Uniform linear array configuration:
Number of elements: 12
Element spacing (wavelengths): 0.5
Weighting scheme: exponential
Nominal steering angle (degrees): -15
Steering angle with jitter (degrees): -14.914
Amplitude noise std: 0.05
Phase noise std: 0.05

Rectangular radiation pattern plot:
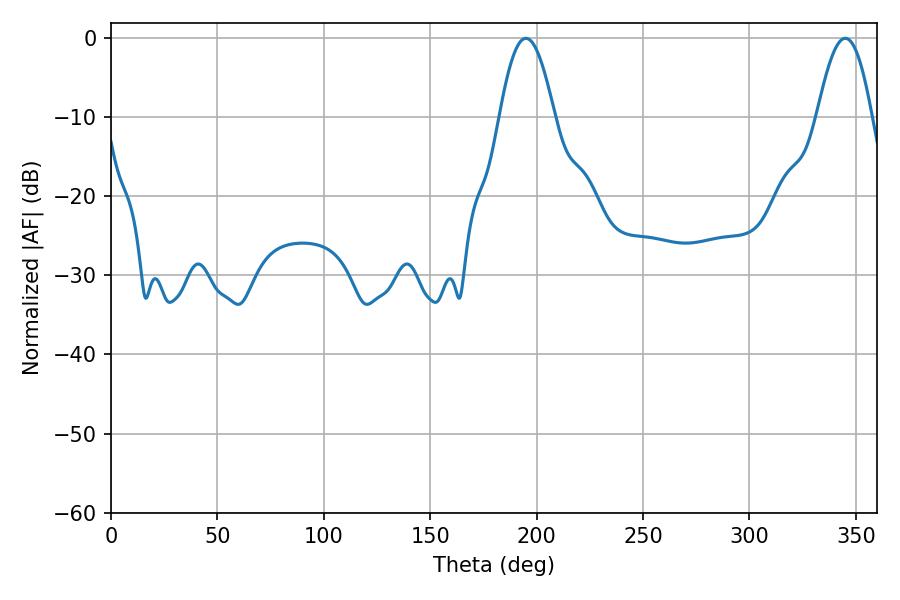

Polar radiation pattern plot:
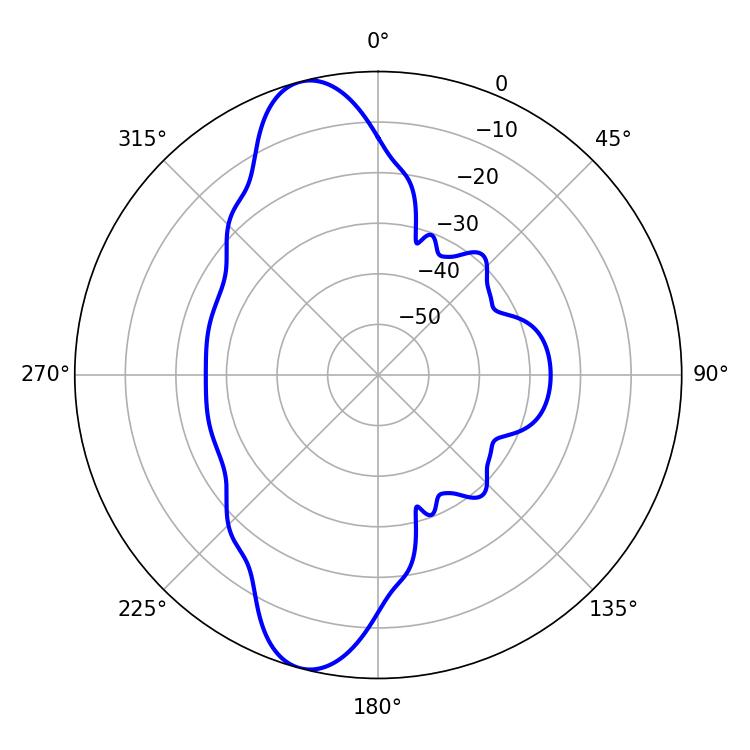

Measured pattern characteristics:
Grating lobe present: FALSE
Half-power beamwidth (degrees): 14.04
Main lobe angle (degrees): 194.94